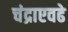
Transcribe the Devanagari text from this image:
चंद्राएवढे